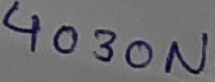
Text: 4030N